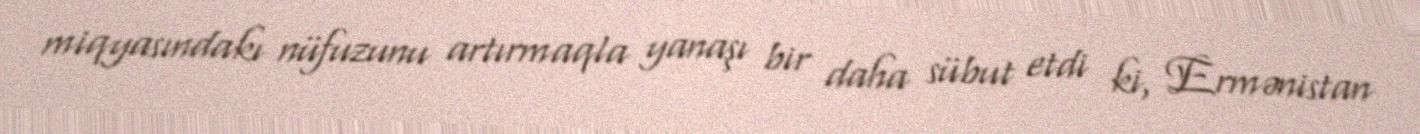
miqyasındakı nüfuzunu artırmaqla yanaşı bir daha sübut etdi ki, Ermənistan